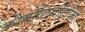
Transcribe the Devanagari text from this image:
कीमोलिथोट्रॉफी